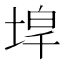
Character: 𡍇